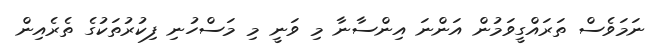
ނަމަވެސް ތަރައްގީވަމުން އަންނަ އިންސާނާ މި ވަނީ މި މަސްހުނި ފިކުރުތަކުގެ ތެރެއިން